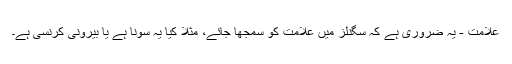
علامت - یہ ضروری ہے کہ سگنلز میں علامت کو سمجھا جائے، مثلاً کیا یہ سونا ہے یا بیرونی کرنسی ہے۔